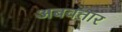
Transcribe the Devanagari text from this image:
अबवतार